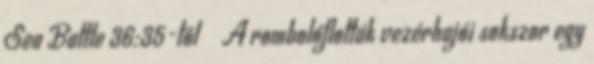
Sea Battle 36:35-től ↑ A rombolóflották vezérhajói sokszor egy